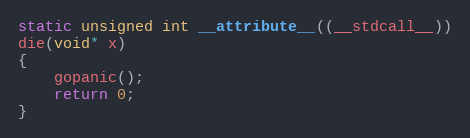
Language: C
static unsigned int __attribute__((__stdcall__))
die(void* x)
{
	gopanic();
	return 0;
}